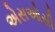
એસઓસી